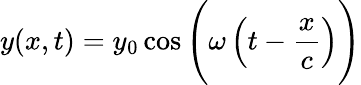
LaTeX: y(x,t)=y_{0}\cos{\Bigg(}\omega\left(t-{\frac{x}{c}}\right){\Bigg)}